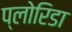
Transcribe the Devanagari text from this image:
प्लोरिडा